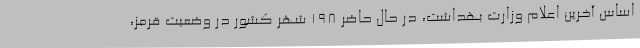
اساس آخرین اعلام وزارت بهداشت، در حال حاضر ۱۹۸ شهر کشور در وضعیت قرمز،